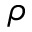
\rho